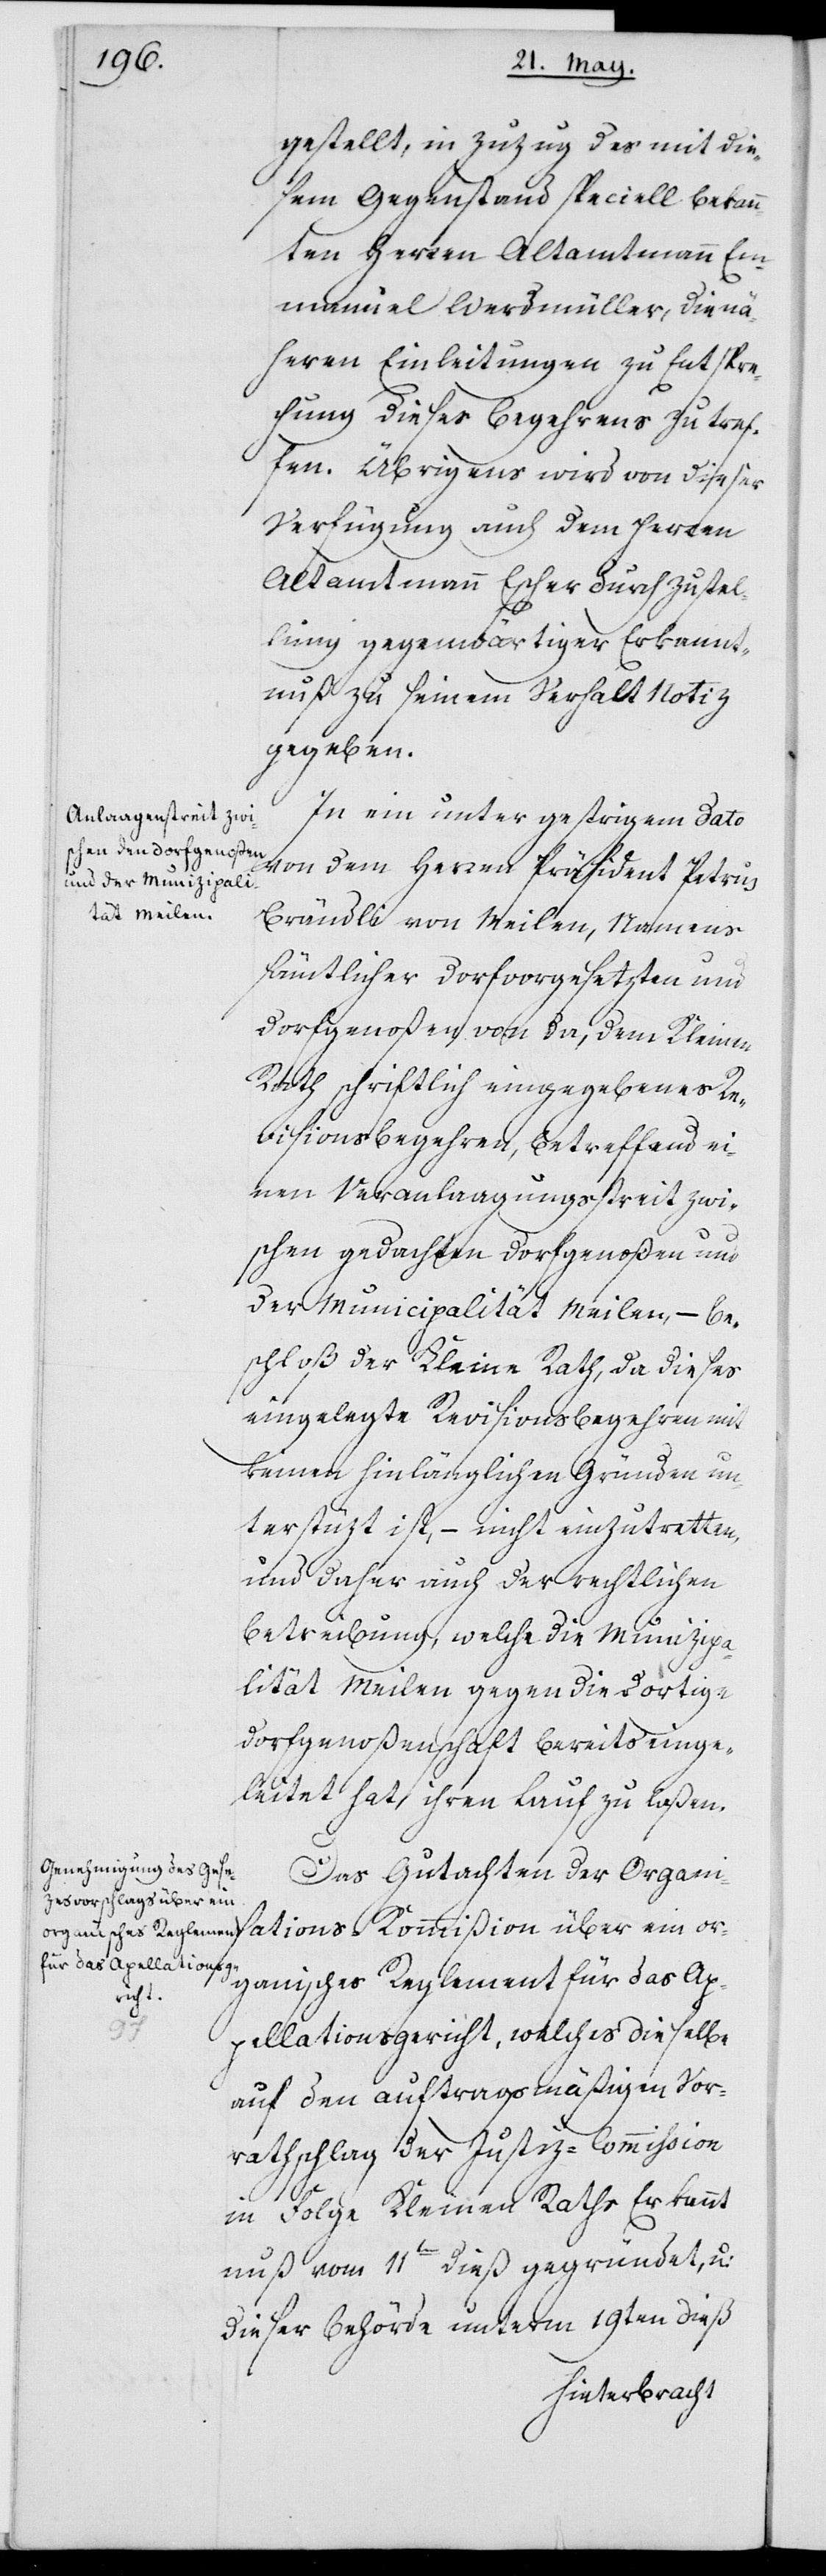
gestellt, in Zuzug des mit die¬
sem Gegenstand speciell bekann¬
ten Herren Altamtmann Em¬
manuel Werdmüller, die nä¬
heren Einleitungen zu Entspre¬
chung dieses Begehrens zu tref¬
fen. Übrigens wird von dieser
Verfügung auch dem Herren
Altamtmann Escher durch Zustel¬
lung gegenwärtiger Erkannt¬
nuß zu seinem Verhalt Notiz
gegeben.
In ein unter gestrigem Dato
von dem Herren Präsident Petrus
Brändli von Meilen, Namens
sämtlicher Dorfvorgesetzten und
Dorfgenoßen von da, dem Kleinen
Rath schriftlich eingegebenes Re¬
visionsbegehren, betreffend ei¬
nen Veranlaagungsstreit zwi¬
schen gedachten Dorfgenoßen und
der Municipalität Meilen, – be¬
schloß der Kleine Rath, da dieses
eingelangte Revisionsbegehren mit
keinen hinlänglichen Gründen un¬
terstüzt ist, – nicht einzutretten,
und daher auch der rechtlichen
Betreibung, welche die Munizipa¬
lität Meilen gegen die dortige
Dorfgenoßenschaft bereits einge¬
leitet hat, ihren Lauf zu laßen.
Das Gutachten der Organisations-Kommißion über ein or¬
ganisches Reglement für das Ap¬
pellationsgericht, welches dieselbe
auf den auftragsmäßigen Vor¬
rathschlag der Justiz-Commißion
in Folge Kleinen Raths Erkannt¬
nuß vom 11ten dieß gegründet, und
dieser Behörde unterm 19ten dieß